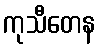
ကုသီတေန